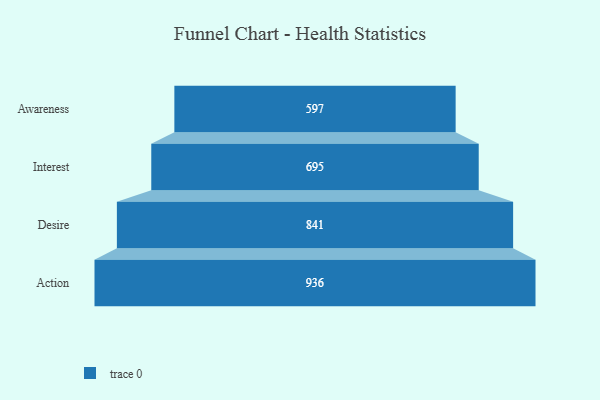
{"axis": {"x": "Stage", "y": "Value"}, "legend": [""], "data": [{"x": "Awareness", "y": 597.0, "type": ""}, {"x": "Interest", "y": 695.0, "type": ""}, {"x": "Desire", "y": 841.0, "type": ""}, {"x": "Action", "y": 936.0, "type": ""}]}